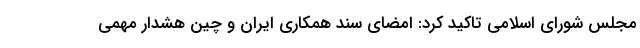
مجلس شورای اسلامی تاکید کرد: امضای سند همکاری ایران و چین هشدار مهمی